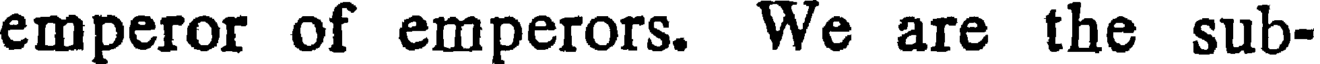
emperor of emperors. We are the sub-